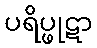
ပရိပ္ဖုဋာ